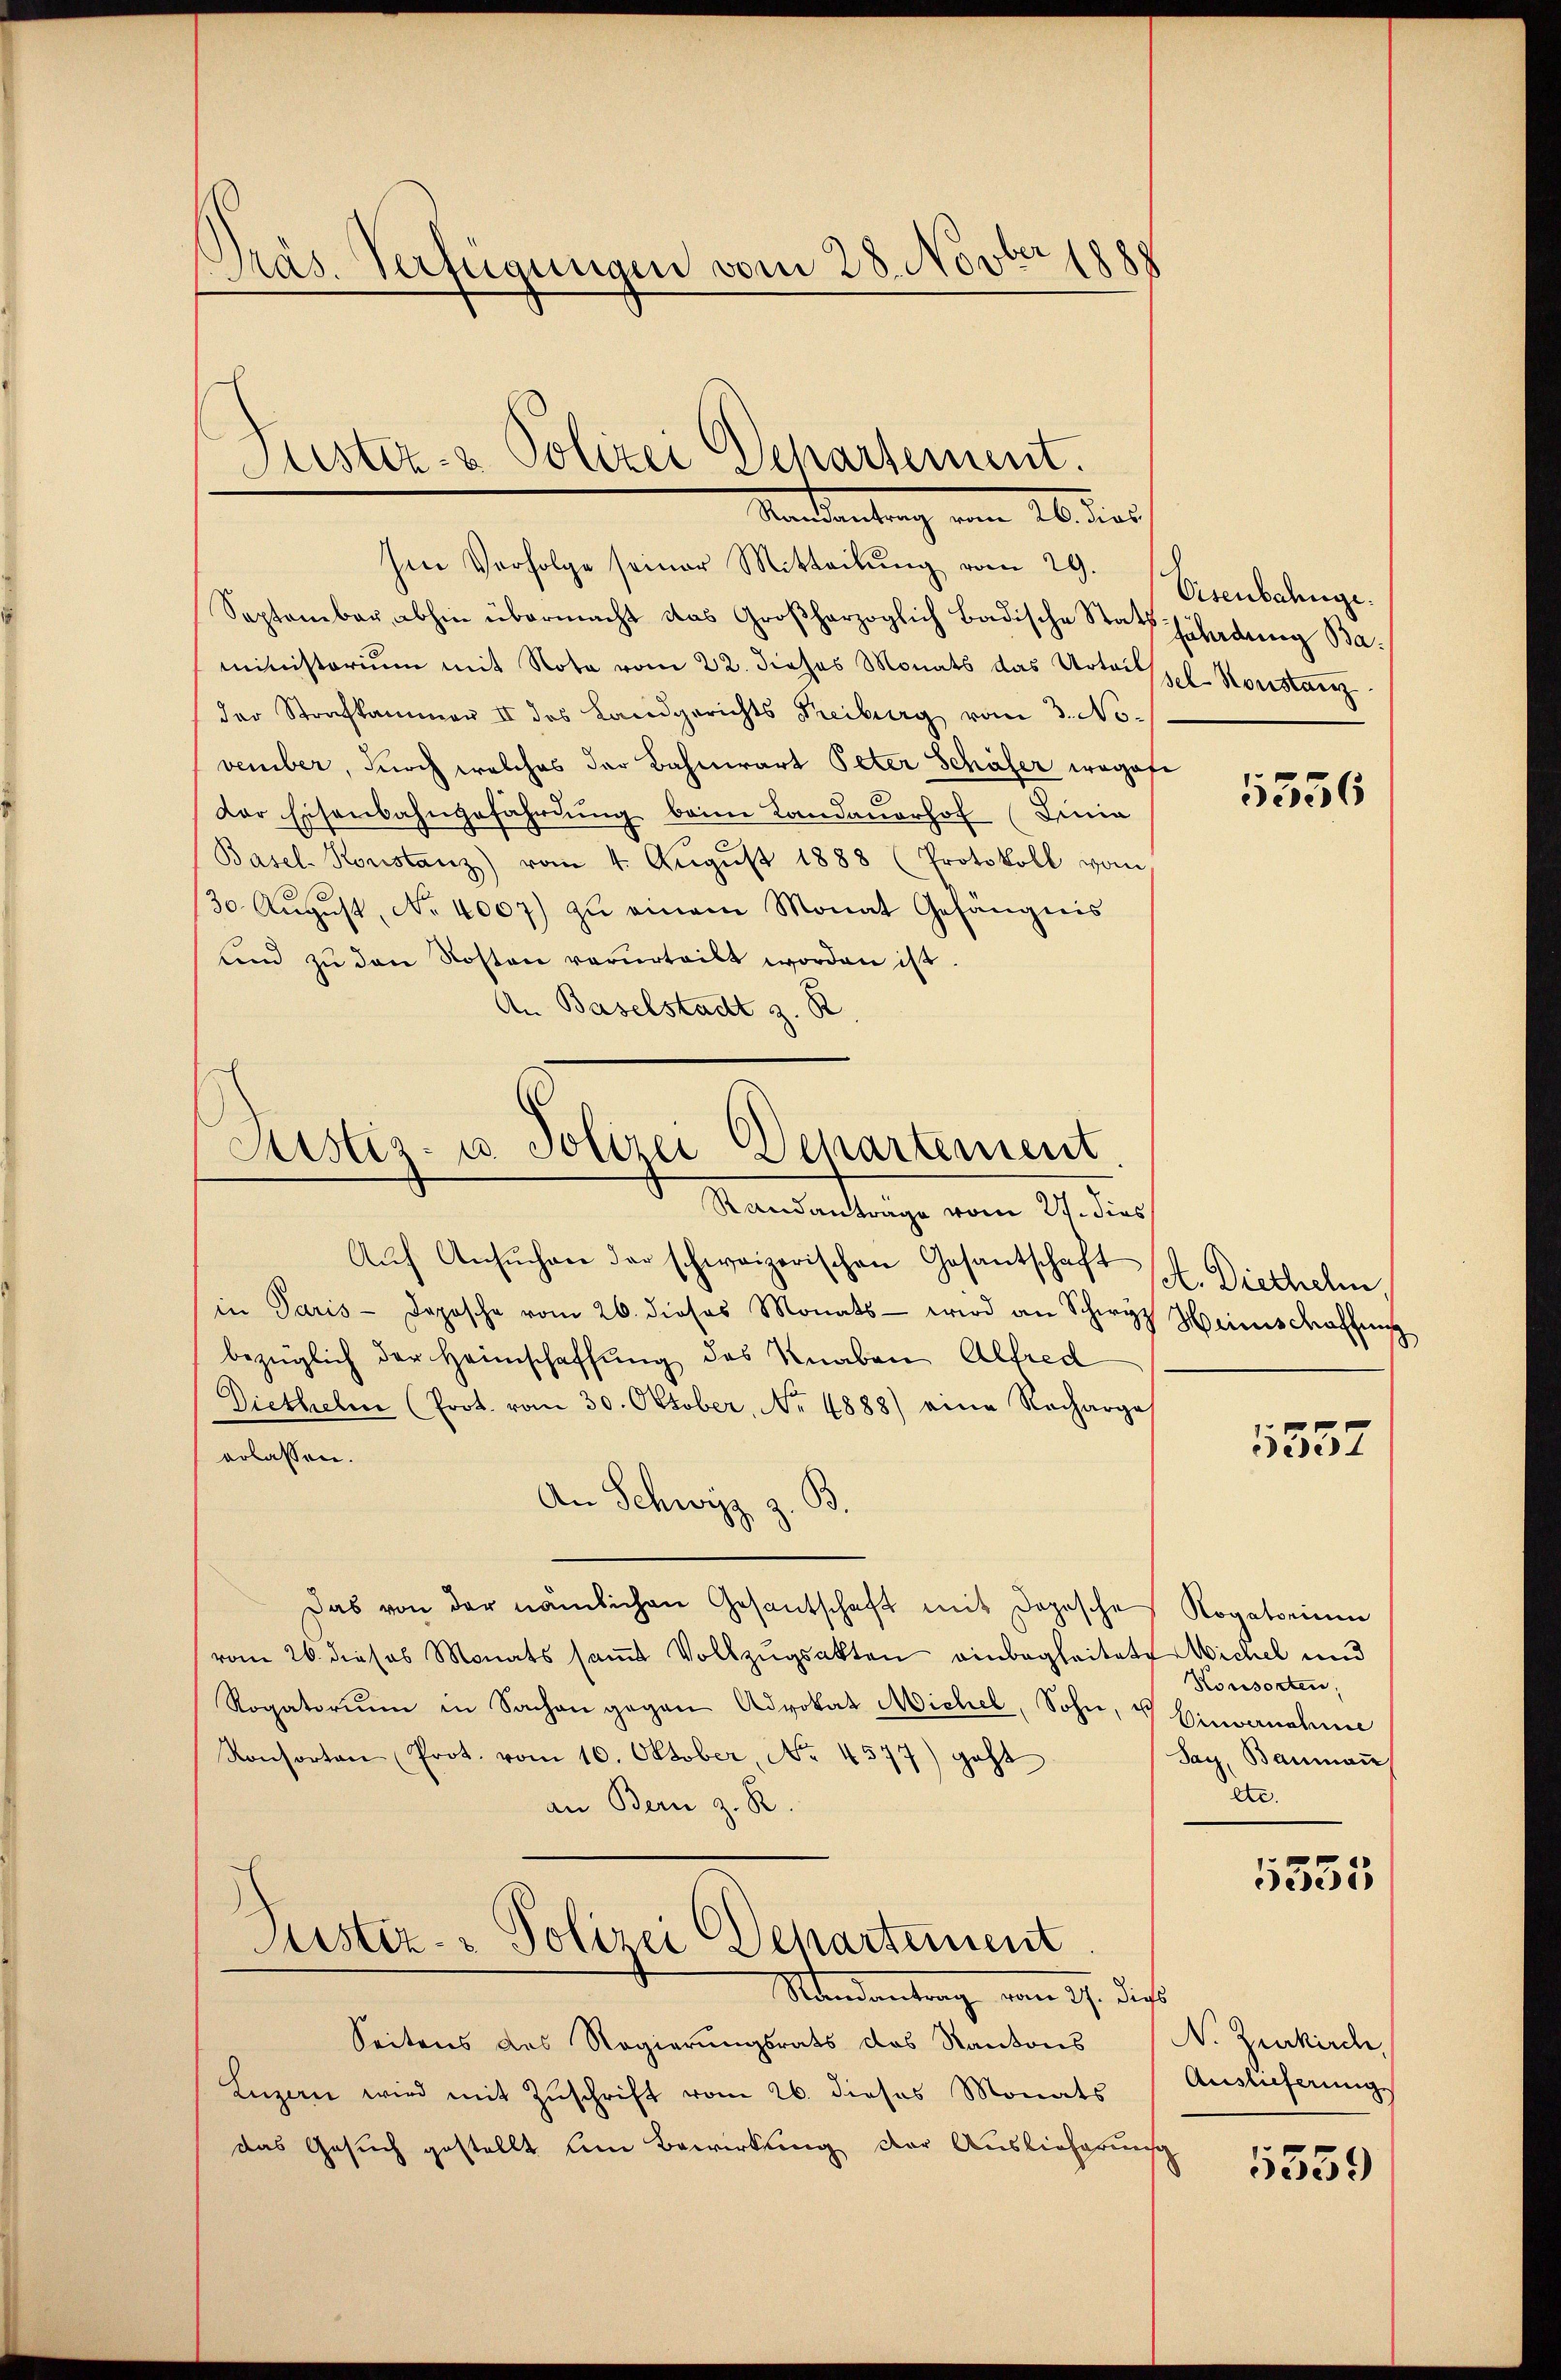
s
Präs. Verfügungen vom 28. Novber 1888

Plister- & Polizei Departement.
Mandantung vom 26. dies

Im Verfolge seiner Mitteilŭng vom 29.
September abhin übermacht das Großherzoglich badische Statthiladenen Baministorium mit Note vom 22. dieses Monats das Urteilspel. Konstanz
der Strafkammer II des Landgerichts Freiburg vom 3. November, durch welches der Bahnwart Peter Schäfer wagofder Eisenbahngefährdung beim Landauerhof (Linie
Basel-Konstanz) vom 4. Aŭgŭst 1888 (Protokoll vom
30. Aŭgŭst No. 4007) zŭ einem Monat Gefängnis
und zu den Kosten verurteilt worden ist.
An Baselstadt z. B
Randanträge vom 21. dies
Aŭf Ansŭchen der schweizerischen Gesantschaft (H. Diethelm,
in Paris - Daposche vom 26. dieses Monats - wird an Schwyz Heimschaffung
bezüglich der Heimschaffung des Knaben Alfred
Diethelm (Prot. vom 30. Oktober, No. 4888) eine Recharge
erlassen.
An Schwyz
3.
Das von der nämlichen Gesantschaft mit dopische Rogatorium
vom 26. dieses Monats saṁt Vollzŭgsakten einbegleitete Wichel und
Rogatoriŭm in Sachen gegen Advokat Michel, Sohn, u. Einvernahme
Konsorten (Prot. vom 10. Oktober, No. 4577) geht
an Bern z. R.
Justiz- & Polizei Departement
Mandantrag vom 17. die
Seitens des Regierungsrats des Kantons
Luzern wird mit Zuschrift vom 26. dieses Monats
das Gesuch gestellt um Bewirkung der Auslieferun

Justiz- u. Polizei Departement

Eisenbahnge.

5536

5357

Konsorten,
Say, Baumann
etc.

5355

N. Zurkirch,
Auslieferung

5559